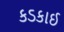
કડકાઈ